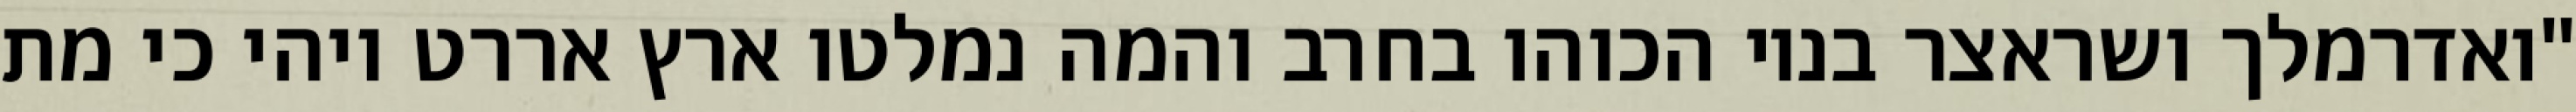
"ואדרמלך ושראצר בניו הכוהו בחרב והמה נמלטו ארץ אררט ויהי כי מת